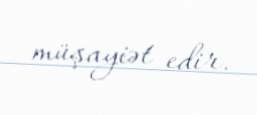
müşayiət edir.